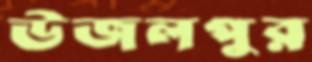
উজলপুর